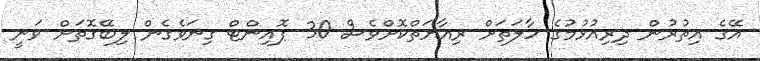
އޭގެ އިތުރުން ދިރިއުޅުމުގެ ހާލަތަށް ރިއާޔަތްކޮށްވެސް 30 ޕޮއިންޓް ގިނަވެގެން ލިބޭގޮތަށް ވަނީ